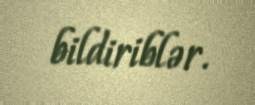
bildiriblər.